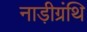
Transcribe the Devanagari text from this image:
नाड़ीग्रंथि